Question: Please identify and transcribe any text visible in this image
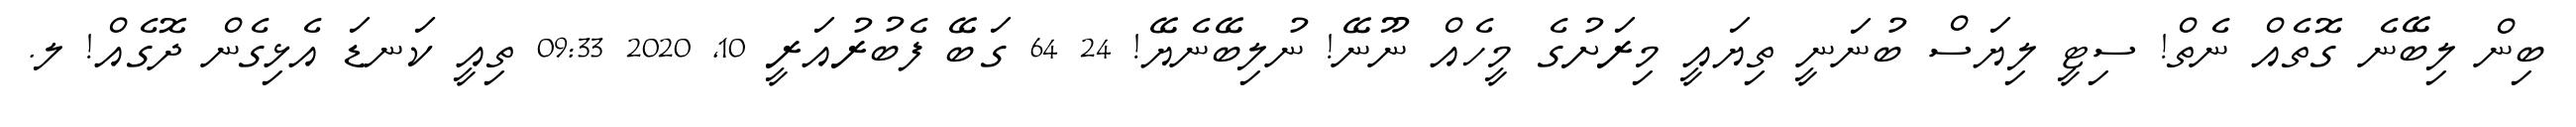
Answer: ބިން ލިބޭނެ ގޮތެއް ނެތް! ސިޓީ ލިޔަސް ބުނަނީ ތިޔައީ މިރަށުގެ މީހެއް ނޫނޭ! ނުލިބޭނެޔޭ! 24 64 ގަބޭ ފެބުރުއަރީ 10, 2020 09:33 ތިއީ ކަނޑަ އެޅިގެން ދޮގެއް! ލ.